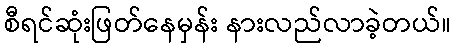
စီရင်ဆုံးဖြတ်နေမှန်း နားလည်လာခဲ့တယ်။